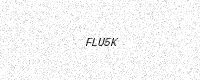
Text: FLU5K